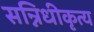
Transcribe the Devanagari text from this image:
सन्निधीकृत्य